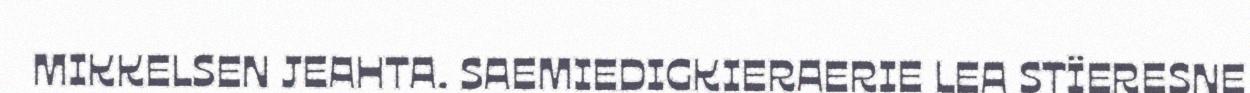
MIKKELSEN JEAHTA. SAEMIEDIGKIERAERIE LEA STÏERESNE